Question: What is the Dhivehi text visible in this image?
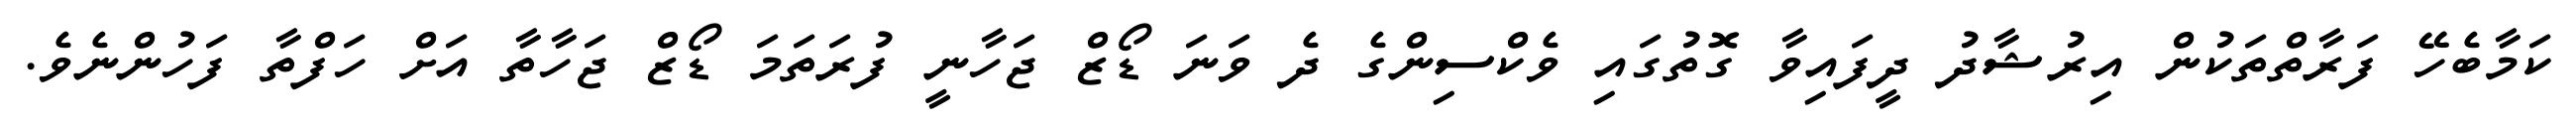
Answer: ކަމާބެހޭ ފަރާތްތަކުން އިރުޝާދު ދީފައިވާ ގޮތުގައި ވެކްސިންގެ ދެ ވަނަ ޑޯޒް ޖަހާނީ ފުރަތަމަ ޑޯޒް ޖަހާތާ އަށް ހަފްތާ ފަހުންނެވެ.